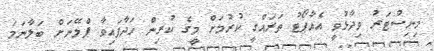
މިނިސްޓަރު ވިދާޅުވީ އެއާޕޯޓު ތަރައްގީ ކުރުމަށް މީގެ ކުރިން ހަދާފައިވާ ޕްލޭނަށް ބަލާނަމަ